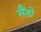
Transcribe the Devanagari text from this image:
सैंडो